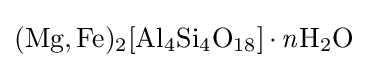
{\ce {(Mg,Fe)2[Al4Si4O18]*{\mathit {n}}H2O}}